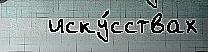
   иску́сствах